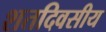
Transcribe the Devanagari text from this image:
शतदिवसीय